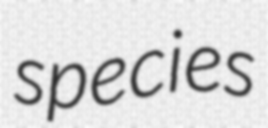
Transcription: species